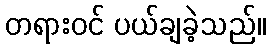
တရားဝင် ပယ်ချခဲ့သည်။